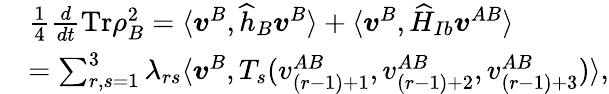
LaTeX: \begin{array}{rl}&{\frac{1}{4}\frac{d}{dt}\mathrm{Tr}\rho_{B}^{2}=\langle\boldsymbol{v}^{B},\widehat{h}_{B}\boldsymbol{v}^{B}\rangle+\langle\boldsymbol{v}^{B},\widehat{H}_{Ib}\boldsymbol{v}^{AB}\rangle}\\ &{=\sum_{r,s=1}^{3}\lambda_{rs}\langle\boldsymbol{v}^{B},T_{s}(v_{(r-1)+1}^{AB},v_{(r-1)+2}^{AB},v_{(r-1)+3}^{AB})\rangle,}\end{array}